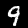
Digit: 9